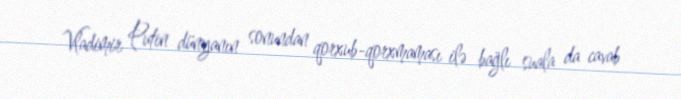
Vladimir Putin dünyanın sonundan qorxub-qorxmaması ilə bağlı suala da cavab